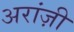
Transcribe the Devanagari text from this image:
अरांज़ी